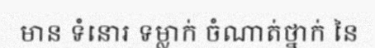
មាន ទំនោរ ទម្លាក់ ចំណាត់ថ្នាក់ នៃ